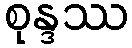
စုန္ဒဿ